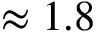
\approx 1 . 8